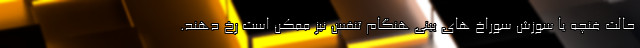
حالت غنچه یا سوزش سوراخ های بینی هنگام تنفس نیز ممکن است رخ دهند.